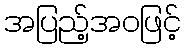
အပြည့်အဝဖြင့်